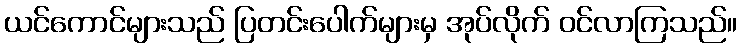
ယင်ကောင်များသည် ပြတင်းပေါက်များမှ အုပ်လိုက် ဝင်လာကြသည်။